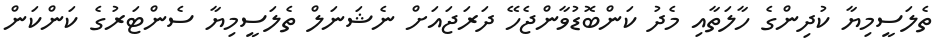
ތެލަސީމިޔާ ކުދިންގެ ހާލަތާއި މެދު ކަންބޮޑުވާންޖެހޭ ދަރަޖައަށް ނެޝަނަލް ތެލަސީމިޔާ ސެންޓަރުގެ ކަންކަން